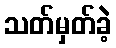
သတ်မှတ်ခဲ့